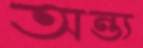
অন্ত্য